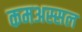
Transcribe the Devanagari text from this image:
कमअस्सल